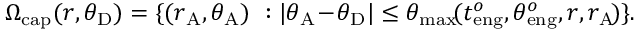
\begin{array} { r } { \Omega _ { \mathrm { c a p } } ( r , \theta _ { \mathrm { D } } ) = \{ ( r _ { \mathrm { A } } , \theta _ { \mathrm { A } } ) ~ : | \theta _ { \mathrm { A } } \! - \! \theta _ { \mathrm { D } } | \le \theta _ { \operatorname* { m a x } } \! ( t _ { \mathrm { e n g } } ^ { o } , \theta _ { \mathrm { e n g } } ^ { o } , r , r _ { \mathrm { A } } \! ) \} . } \end{array}